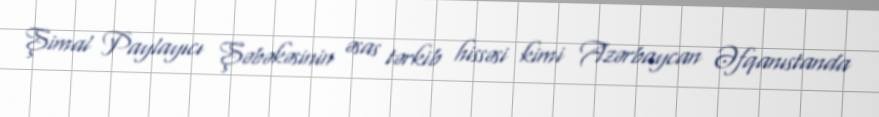
Şimal Paylayıcı Şəbəkəsinin əsas tərkib hissəsi kimi Azərbaycan Əfqanıstanda